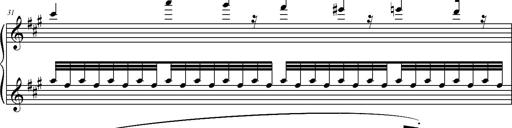
Title: 2 LÃ©gendes
Composer: Franz Liszt